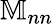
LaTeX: {\mathbb M}_{nn}